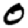
Digit: 0